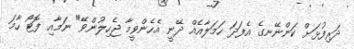
ދަރިފުޅަށް ކަންނޭނގެ އެފަދަ ހަމަލާއެއް ދޭނީ އެހެންވީމާ ޖެހިލުންވޭ" ނަމާއި ފޮޓޯ ހާމަ